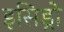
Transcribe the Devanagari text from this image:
इसिड्रो